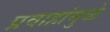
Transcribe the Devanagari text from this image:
प्रवाहांमुळे